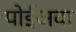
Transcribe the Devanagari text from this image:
पोईअवा